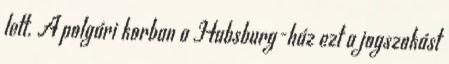
lett. A polgári korban a Habsburg-ház ezt a jogszokást